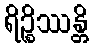
ရိဉ္စိဿန္တိ